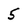
Character: 5